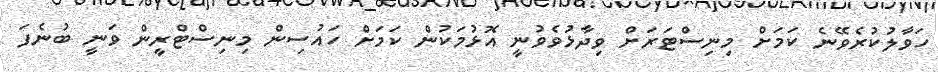
ހަވާލުކުރެވޭނެ ކަމަށް މިނިސްޓަރަށް ވިދާޅުވެވުނީ އޮޅުމަކުން ކަމަށް ހައުސިން މިނިސްޓްރީން ވަނީ ބުނެފަ